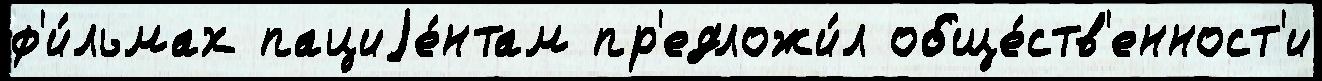
ф'и́льмах пациjе́нтам пр'едложи́л обще́ств'енност'и